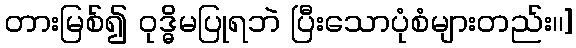
တားမြစ်၍ ဝုဒ္ဓိမပြုရဘဲ ပြီးသောပုံစံများတည်း၊၊]